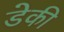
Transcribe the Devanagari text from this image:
डेकी